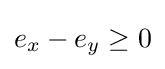
e_{x}-e_{y}\geq 0